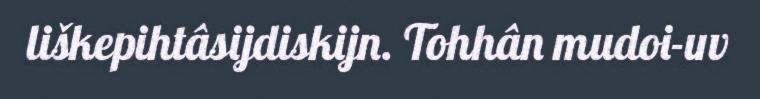
liškepihtâsijdiskijn. Tohhân mudoi-uv